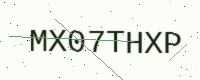
Text: MX07THXP